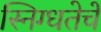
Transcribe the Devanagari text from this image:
स्निग्धतेचें